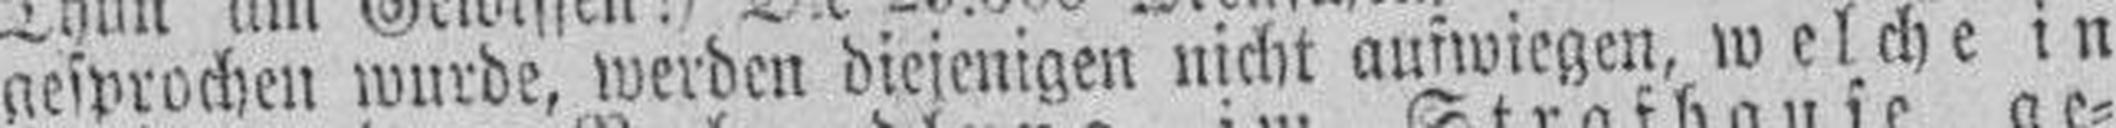
gesprochen wurde, werden diejenigen nicht aufwiegen, welche in